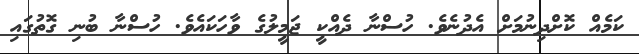
ކަމެއް ކޮށްދިނުމަށް އެދުނެވެ. ހުސްނާ ދެއްކީ ޖަމީލުގެ ވާހަކައެވެ. ހުސްނާ ބުނި ގޮތުގައި